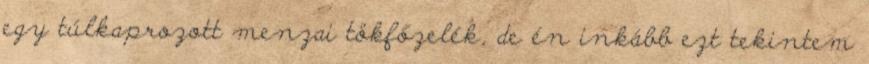
egy túlkaprozott menzai tökfőzelék, de én inkább ezt tekintem